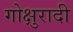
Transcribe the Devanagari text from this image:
गोक्षुरादी